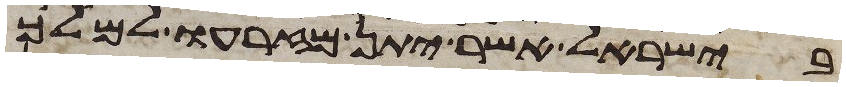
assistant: בישראל אשר יתן מזרעו למלך